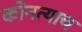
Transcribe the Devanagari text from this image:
कोनत्याच